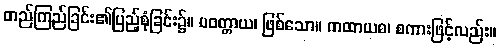
တည်ကြည်ခြင်း၏ပြည့်စုံခြင်း၌။ ပဝတ္တာယ၊ ဖြစ်သော။ ကထာယစ၊ စကားဖြင့်လည်း။